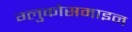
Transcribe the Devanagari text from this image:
ग्लुकोसमाइन